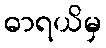
ဓာရယိမှ